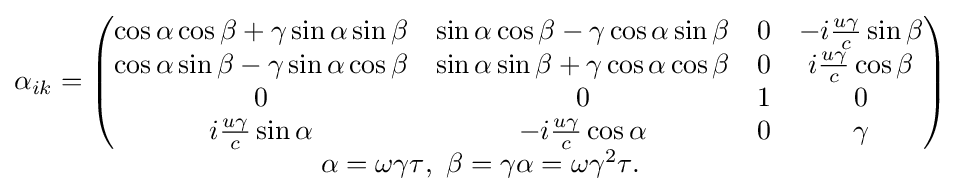
\scriptstyle {\begin{matrix}\alpha _{ik}=\left({\begin{matrix}\cos \alpha \cos \beta +\gamma \sin \alpha \sin \beta &\sin \alpha \cos \beta -\gamma \cos \alpha \sin \beta &0&-i{\frac {u\gamma }{c}}\sin \beta \\\cos \alpha \sin \beta -\gamma \sin \alpha \cos \beta &\sin \alpha \sin \beta +\gamma \cos \alpha \cos \beta &0&i{\frac {u\gamma }{c}}\cos \beta \\0&0&1&0\\i{\frac {u\gamma }{c}}\sin \alpha &-i{\frac {u\gamma }{c}}\cos \alpha &0&\gamma \end{matrix}}\right)\\{\alpha =\omega \gamma \tau },\ {\beta =\gamma \alpha =\omega \gamma ^{2}\tau }.\end{matrix}}